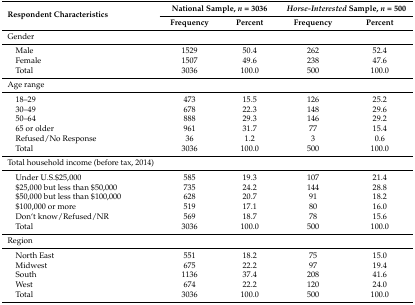
<table><thead><tr><td rowspan="2"><b>Respondent Characteristics </b></td><td colspan="2"><b>National Sample, <i>n</i> = 3036</b></td><td colspan="2"><b><i>Horse-Interested</i> Sample, <i>n</i> = 500</b></td></tr><tr><td><b>Frequency</b></td><td><b>Percent</b></td><td><b>Frequency</b></td><td><b>Percent</b></td></tr></thead><tbody><tr><td>Gender</td><td></td><td></td><td></td><td></td></tr><tr><td> Male</td><td>1529</td><td>50.4</td><td>262</td><td>52.4</td></tr><tr><td> Female</td><td>1507</td><td>49.6</td><td>238</td><td>47.6</td></tr><tr><td> Total</td><td>3036</td><td>100.0</td><td>500</td><td>100.0</td></tr><tr><td>Age range</td><td></td><td></td><td></td><td></td></tr><tr><td> 18–29</td><td>473</td><td>15.5</td><td>126</td><td>25.2</td></tr><tr><td> 30–49</td><td>678</td><td>22.3</td><td>148</td><td>29.6</td></tr><tr><td> 50–64</td><td>888</td><td>29.3</td><td>146</td><td>29.2</td></tr><tr><td> 65 or older</td><td>961</td><td>31.7</td><td>77</td><td>15.4</td></tr><tr><td> Refused/No Response</td><td>36</td><td>1.2</td><td>3</td><td>0.6</td></tr><tr><td> Total</td><td>3036</td><td>100.0</td><td>500</td><td>100.0</td></tr><tr><td>Total household income (before tax, 2014)</td><td></td><td></td><td></td><td></td></tr><tr><td> Under U.S.$25,000</td><td>585</td><td>19.3</td><td>107</td><td>21.4</td></tr><tr><td> $25,000 but less than $50,000</td><td>735</td><td>24.2</td><td>144</td><td>28.8</td></tr><tr><td> $50,000 but less than $100,000</td><td>628</td><td>20.7</td><td>91</td><td>18.2</td></tr><tr><td> $100,000 or more</td><td>519</td><td>17.1</td><td>80</td><td>16.0</td></tr><tr><td> Don‘t know/Refused/NR</td><td>569</td><td>18.7</td><td>78</td><td>15.6</td></tr><tr><td> Total</td><td>3036</td><td>100.0</td><td>500</td><td>100.0</td></tr><tr><td>Region</td><td></td><td></td><td></td><td></td></tr><tr><td> North East</td><td>551</td><td>18.2</td><td>75</td><td>15.0</td></tr><tr><td> Midwest</td><td>675</td><td>22.2</td><td>97</td><td>19.4</td></tr><tr><td> South</td><td>1136</td><td>37.4</td><td>208</td><td>41.6</td></tr><tr><td> West</td><td>674</td><td>22.2</td><td>120</td><td>24.0</td></tr><tr><td> Total</td><td>3036</td><td>100.0</td><td>500</td><td>100.0</td></tr></tbody></table>